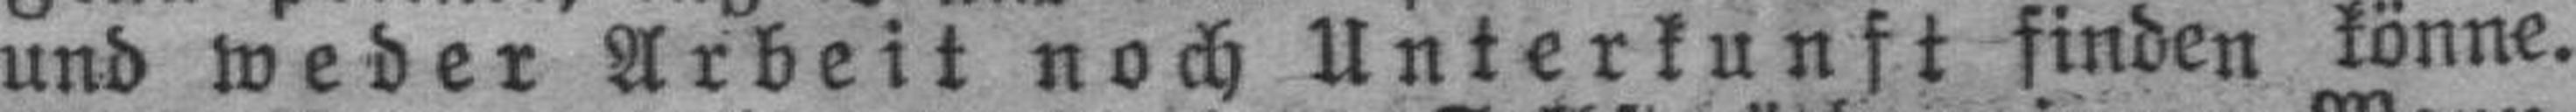
und weder Arbeit noch Unterkunft finden könne.